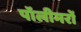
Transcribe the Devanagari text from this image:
पॉलीमरों